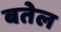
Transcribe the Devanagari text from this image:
बतेल